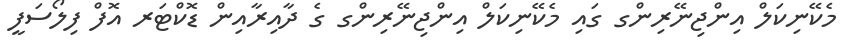
މެކޭނިކަލް އިންޖިނޭރިންގ ގައި މެކޭނިކަލް އިންޖިނޭރިންގ ގެ ދާއިރާއިން ޑޮކްޓަރ އޮފް ފިލޯސަފީ